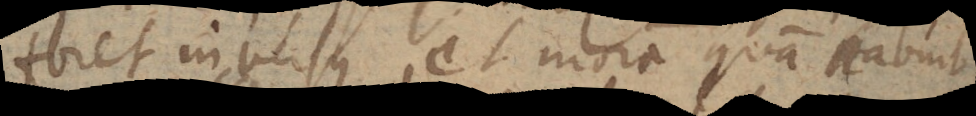
foret inversus et moram quam habuit